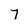
Character: 7